FBI Photo B14
Agency: FBI
Incident date: Late 2025
Incident location: Western United States
Page 1
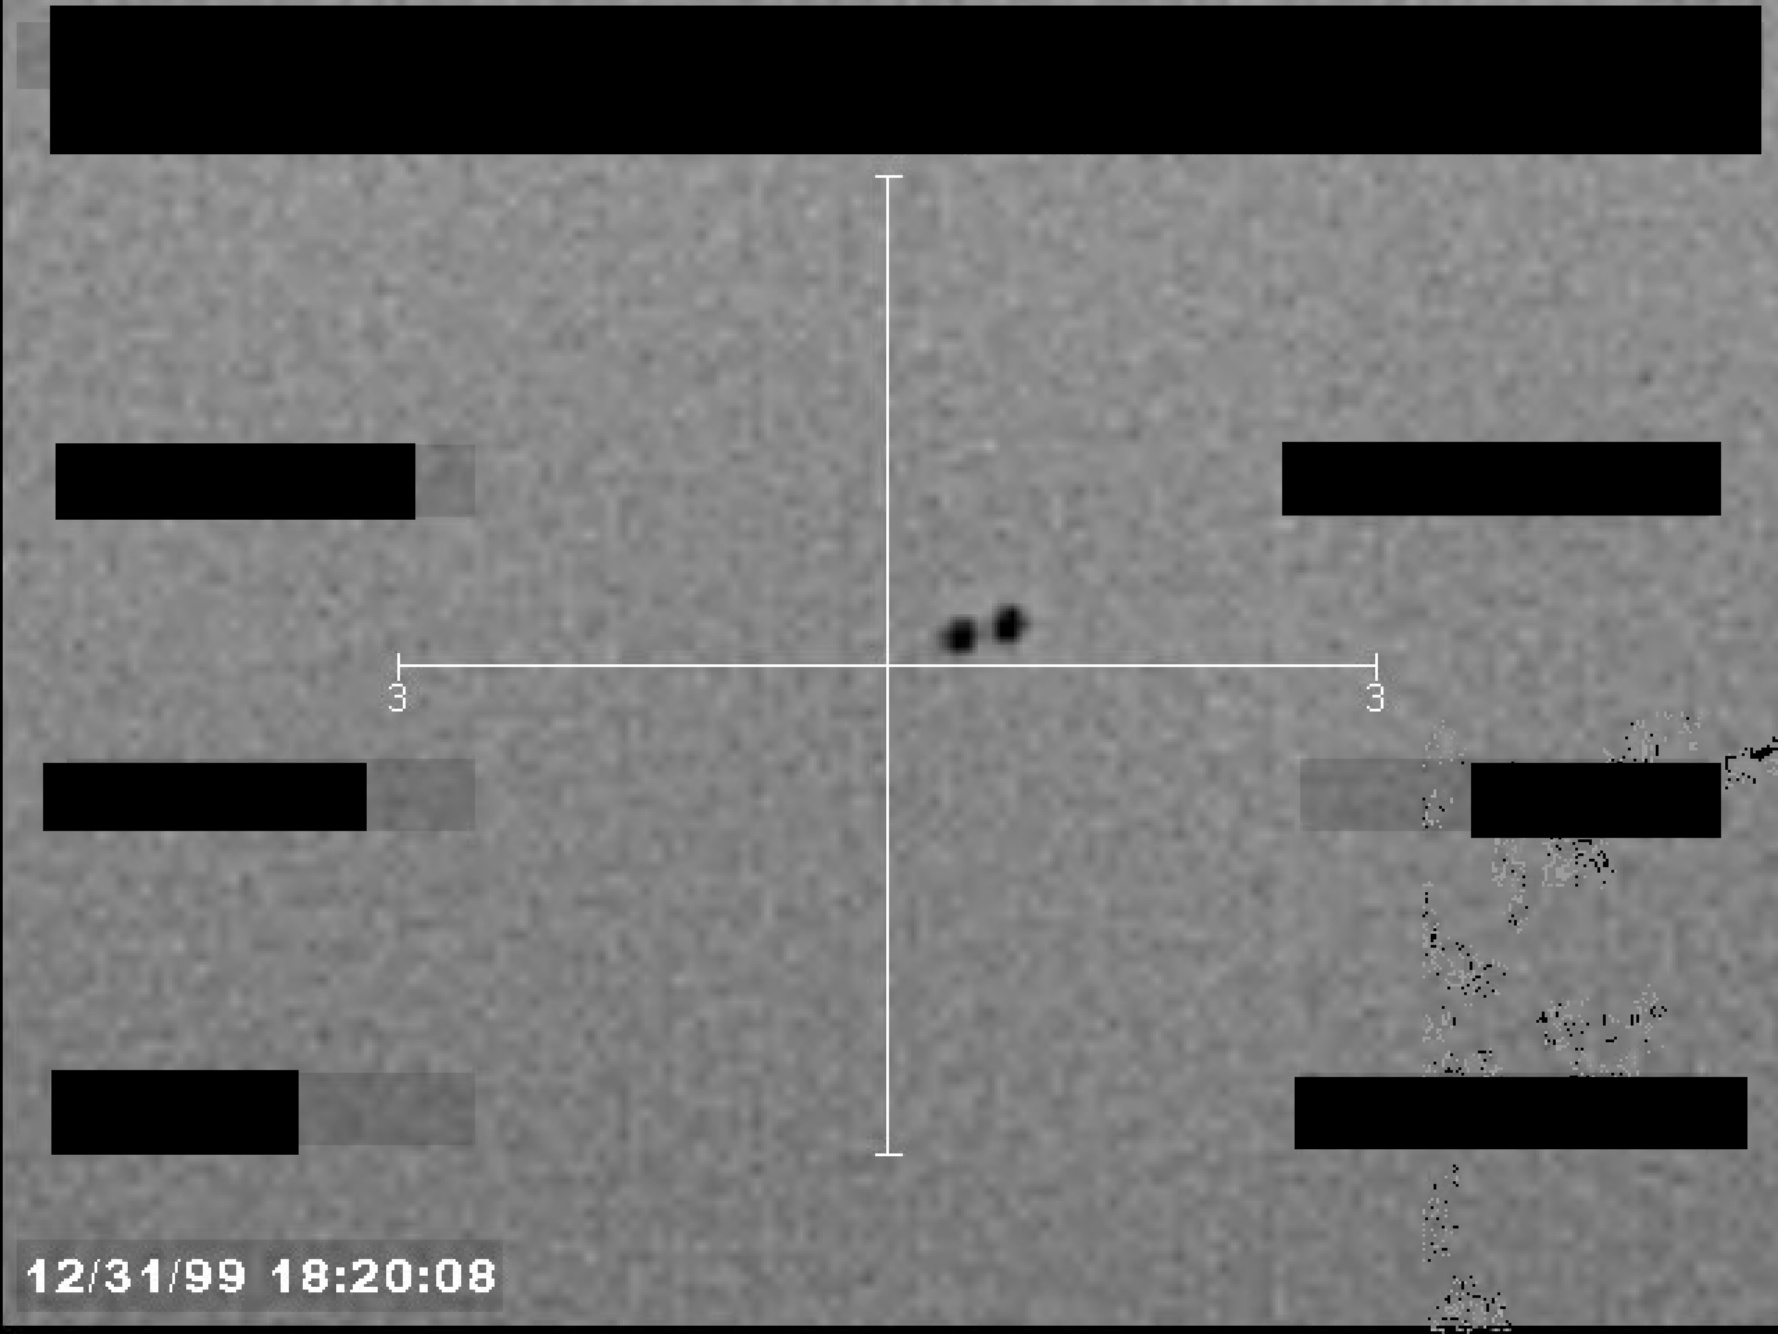